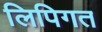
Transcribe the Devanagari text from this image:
लिपिगत